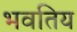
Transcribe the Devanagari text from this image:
भवतिय